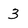
Character: 3